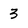
Character: 3